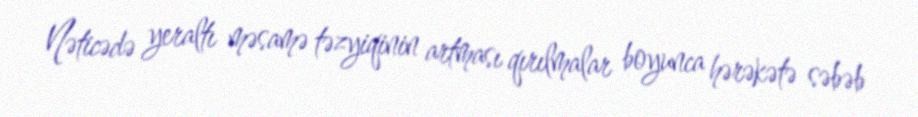
Nəticədə yeraltı məsamə təzyiqinin artması qırılmalar boyunca hərəkətə səbəb